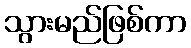
သွားမည်ဖြစ်ကာ